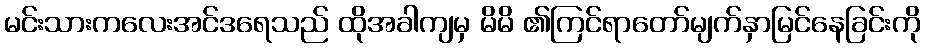
မင်းသားကလေးအင်ဒရေသည် ထိုအခါကျမှ မိမိ ၏ကြင်ရာတော်မျက်နှာမြင်နေခြင်းကို